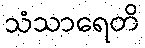
သံသာရေတိ